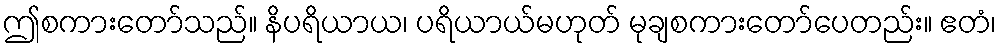
ဤစကားတော်သည်။ နိပရိယာယ၊ ပရိယာယ်မဟုတ် မုချစကားတော်ပေတည်း။ ဧတံ၊